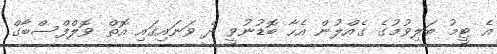
އެ ޓީމު ބަލިވުމުގެ ގެއްލުން އެހާ ބޮޑުނުވީ ދެ ވަނައިގައި އޮތް ވޮލްފްސްބާގް